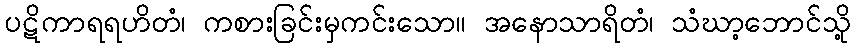
ပဋိကာရရဟိတံ၊ ကစားခြင်းမှကင်းသော။ အနောသာရိတံ၊ သံဃာ့ဘောင်သို့